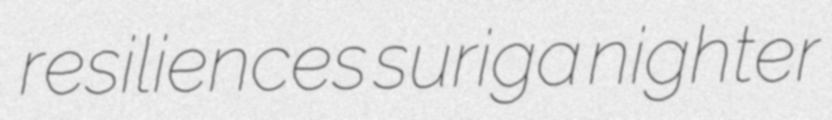
resiliences suriga nighter